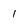
Character: 1